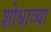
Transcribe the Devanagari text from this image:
शोधाव्या